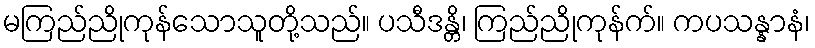
မကြည်ညိုကုန်သောသူတို့သည်။ ပသီဒန္တိ၊ ကြည်ညိုကုန်က်။ ကပသန္နာနံ၊